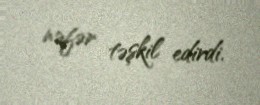
nəfər təşkil edirdi.